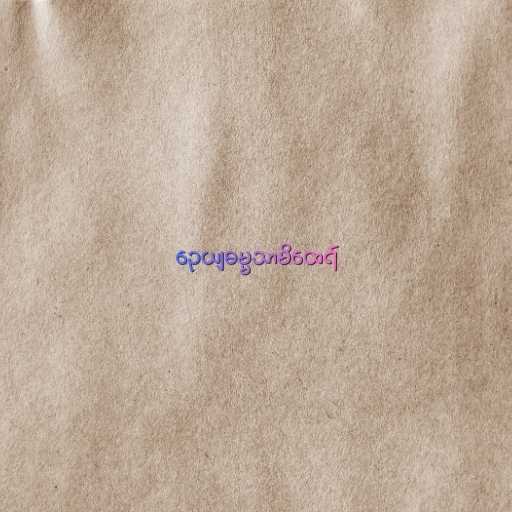
ဉေယျဓမ္မသာမိထေရ်